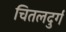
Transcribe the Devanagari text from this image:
चितलदुर्ग